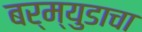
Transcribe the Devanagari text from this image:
बर्म्युडाचा